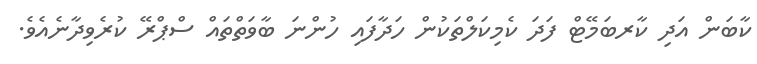
ކާބަން އަދި ކާރބަމޭޓް ފަދަ ކެމިކަލްތަކުން ހަދާފައި ހުންނަ ބާވަތްތައް ސްޕްރޭ ކުރެވިދާނެއެވެ.